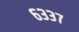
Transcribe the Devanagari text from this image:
६३३७